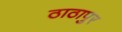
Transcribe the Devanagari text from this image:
ठाठापुर